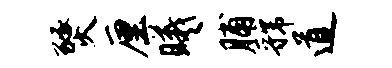
燹厘曦脯虢道